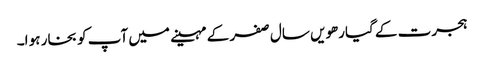
ہجرت کے گیارھویں سال صفر کے مہینے میں آپ کو بخار ہو ا۔